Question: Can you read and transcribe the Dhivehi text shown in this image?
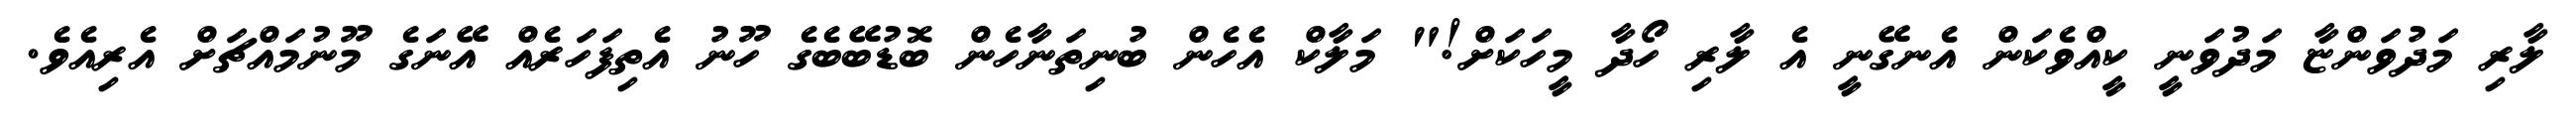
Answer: ލާރި މަދުވަންޏާ މަދުވަނީ ކީއްވެކަން އެނގޭނީ އެ ލާރި ހޯދާ މީހަކަށް!" މަލާކް އެހެން ބުނިތަނާހެން ބޮޑުބޭބެގެ ހޫނު އެތިފަހަރެއް އޭނަގެ މޫނުމައްޗަށް އެރިއެވެ.